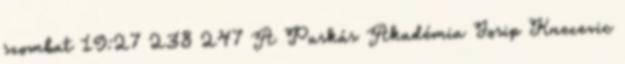
szombat 19:27 238 247 A Puskás Akadémia Josip Knezevic